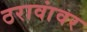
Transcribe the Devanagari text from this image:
ठरावांवर